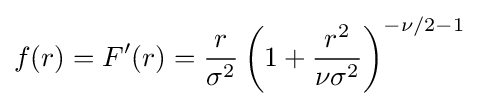
f(r)=F'(r)={r \over {\sigma ^{2}}}\left(1+{r^{2} \over {\nu \sigma ^{2}}}\right)^{-\nu /2-1}